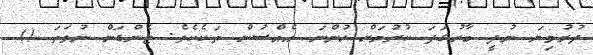
ދުރުވިޔަ ނުދީ ބާރުގަދަ ކުރުމަށް ހުންނަ އެއްސުން ތަކެކެވެ. ޓެންޑަން ނުވަތަ ()